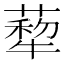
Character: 𦺙